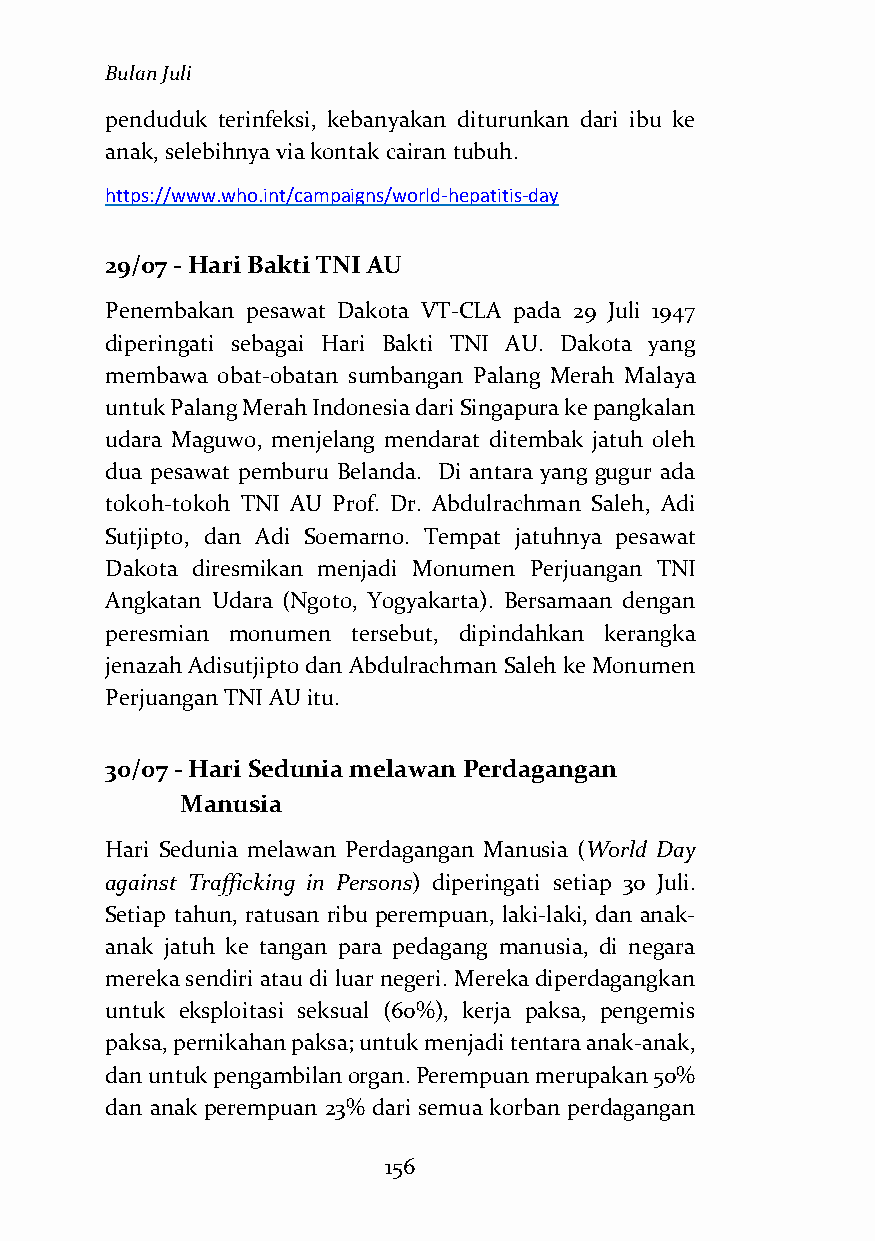
Bulan Juli
 penduduk terinfeksi, kebanyakan diturunkan dari ibu ke
 anak, selebihnya via kontak cairan tubuh.
 https://www.who.int/campaigns/world-hepatitis-day
 29/07 - Hari Bakti TNI AU
 Penembakan pesawat Dakota VT-CLA pada 29 Juli 1947
 diperingati sebagai Hari Bakti TNI AU. Dakota yang
 membawa obat-obatan sumbangan Palang Merah Malaya
 untuk Palang Merah Indonesia dari Singapura ke pangkalan
 udara Maguwo, menjelang mendarat ditembak jatuh oleh
 dua pesawat pemburu Belanda. Di antara yang gugur ada
 tokoh-tokoh TNI AU Prof. Dr. Abdulrachman Saleh, Adi
 Sutjipto, dan Adi Soemarno. Tempat jatuhnya pesawat
 Dakota diresmikan menjadi Monumen Perjuangan TNI
 Angkatan Udara (Ngoto, Yogyakarta). Bersamaan dengan
 peresmian monumen tersebut, dipindahkan kerangka
 jenazah Adisutjipto dan Abdulrachman Saleh ke Monumen
 Perjuangan TNI AU itu.
 30/07 - Hari Sedunia melawan Perdagangan
 Manusia
 Hari Sedunia melawan Perdagangan Manusia (World Day
 against Trafficking in Persons) diperingati setiap 30 Juli.
 Setiap tahun, ratusan ribu perempuan, laki-laki, dan anak-
 anak jatuh ke tangan para pedagang manusia, di negara
 mereka sendiri atau di luar negeri. Mereka diperdagangkan
 untuk eksploitasi seksual (60%), kerja paksa, pengemis
 paksa, pernikahan paksa; untuk menjadi tentara anak-anak,
 dan untuk pengambilan organ. Perempuan merupakan 50%
 dan anak perempuan 23% dari semua korban perdagangan
 156